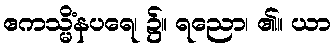
ဧကသ္မိံနပရေ၊ ၌။ ရညော၊ ၏။ ယာ